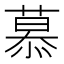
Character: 慕